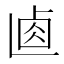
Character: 𠧴